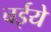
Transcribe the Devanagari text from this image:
चईये